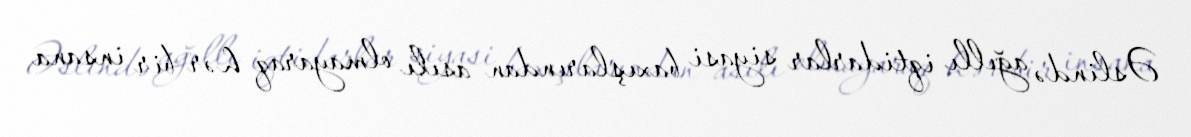
Əslində ağıllı iqtidarlar siyasi baxışlarından asılı olmayaraq hər bir insana